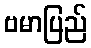
ဗမာပြည်